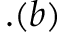
. ( b )